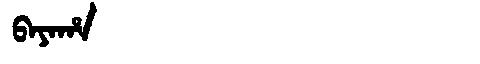
Manchu: ᠪᠠᠶᠠᡥᠠ
Romanization: BAYAHA